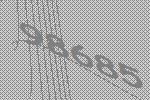
98685